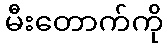
မီးတောက်ကို